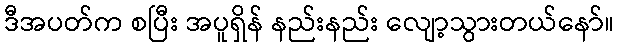
ဒီအပတ်က စပြီး အပူရှိန် နည်းနည်း လျော့သွားတယ်နော်။